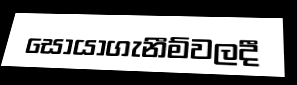
සොයාගැනීම්වලදී